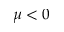
\mu < 0